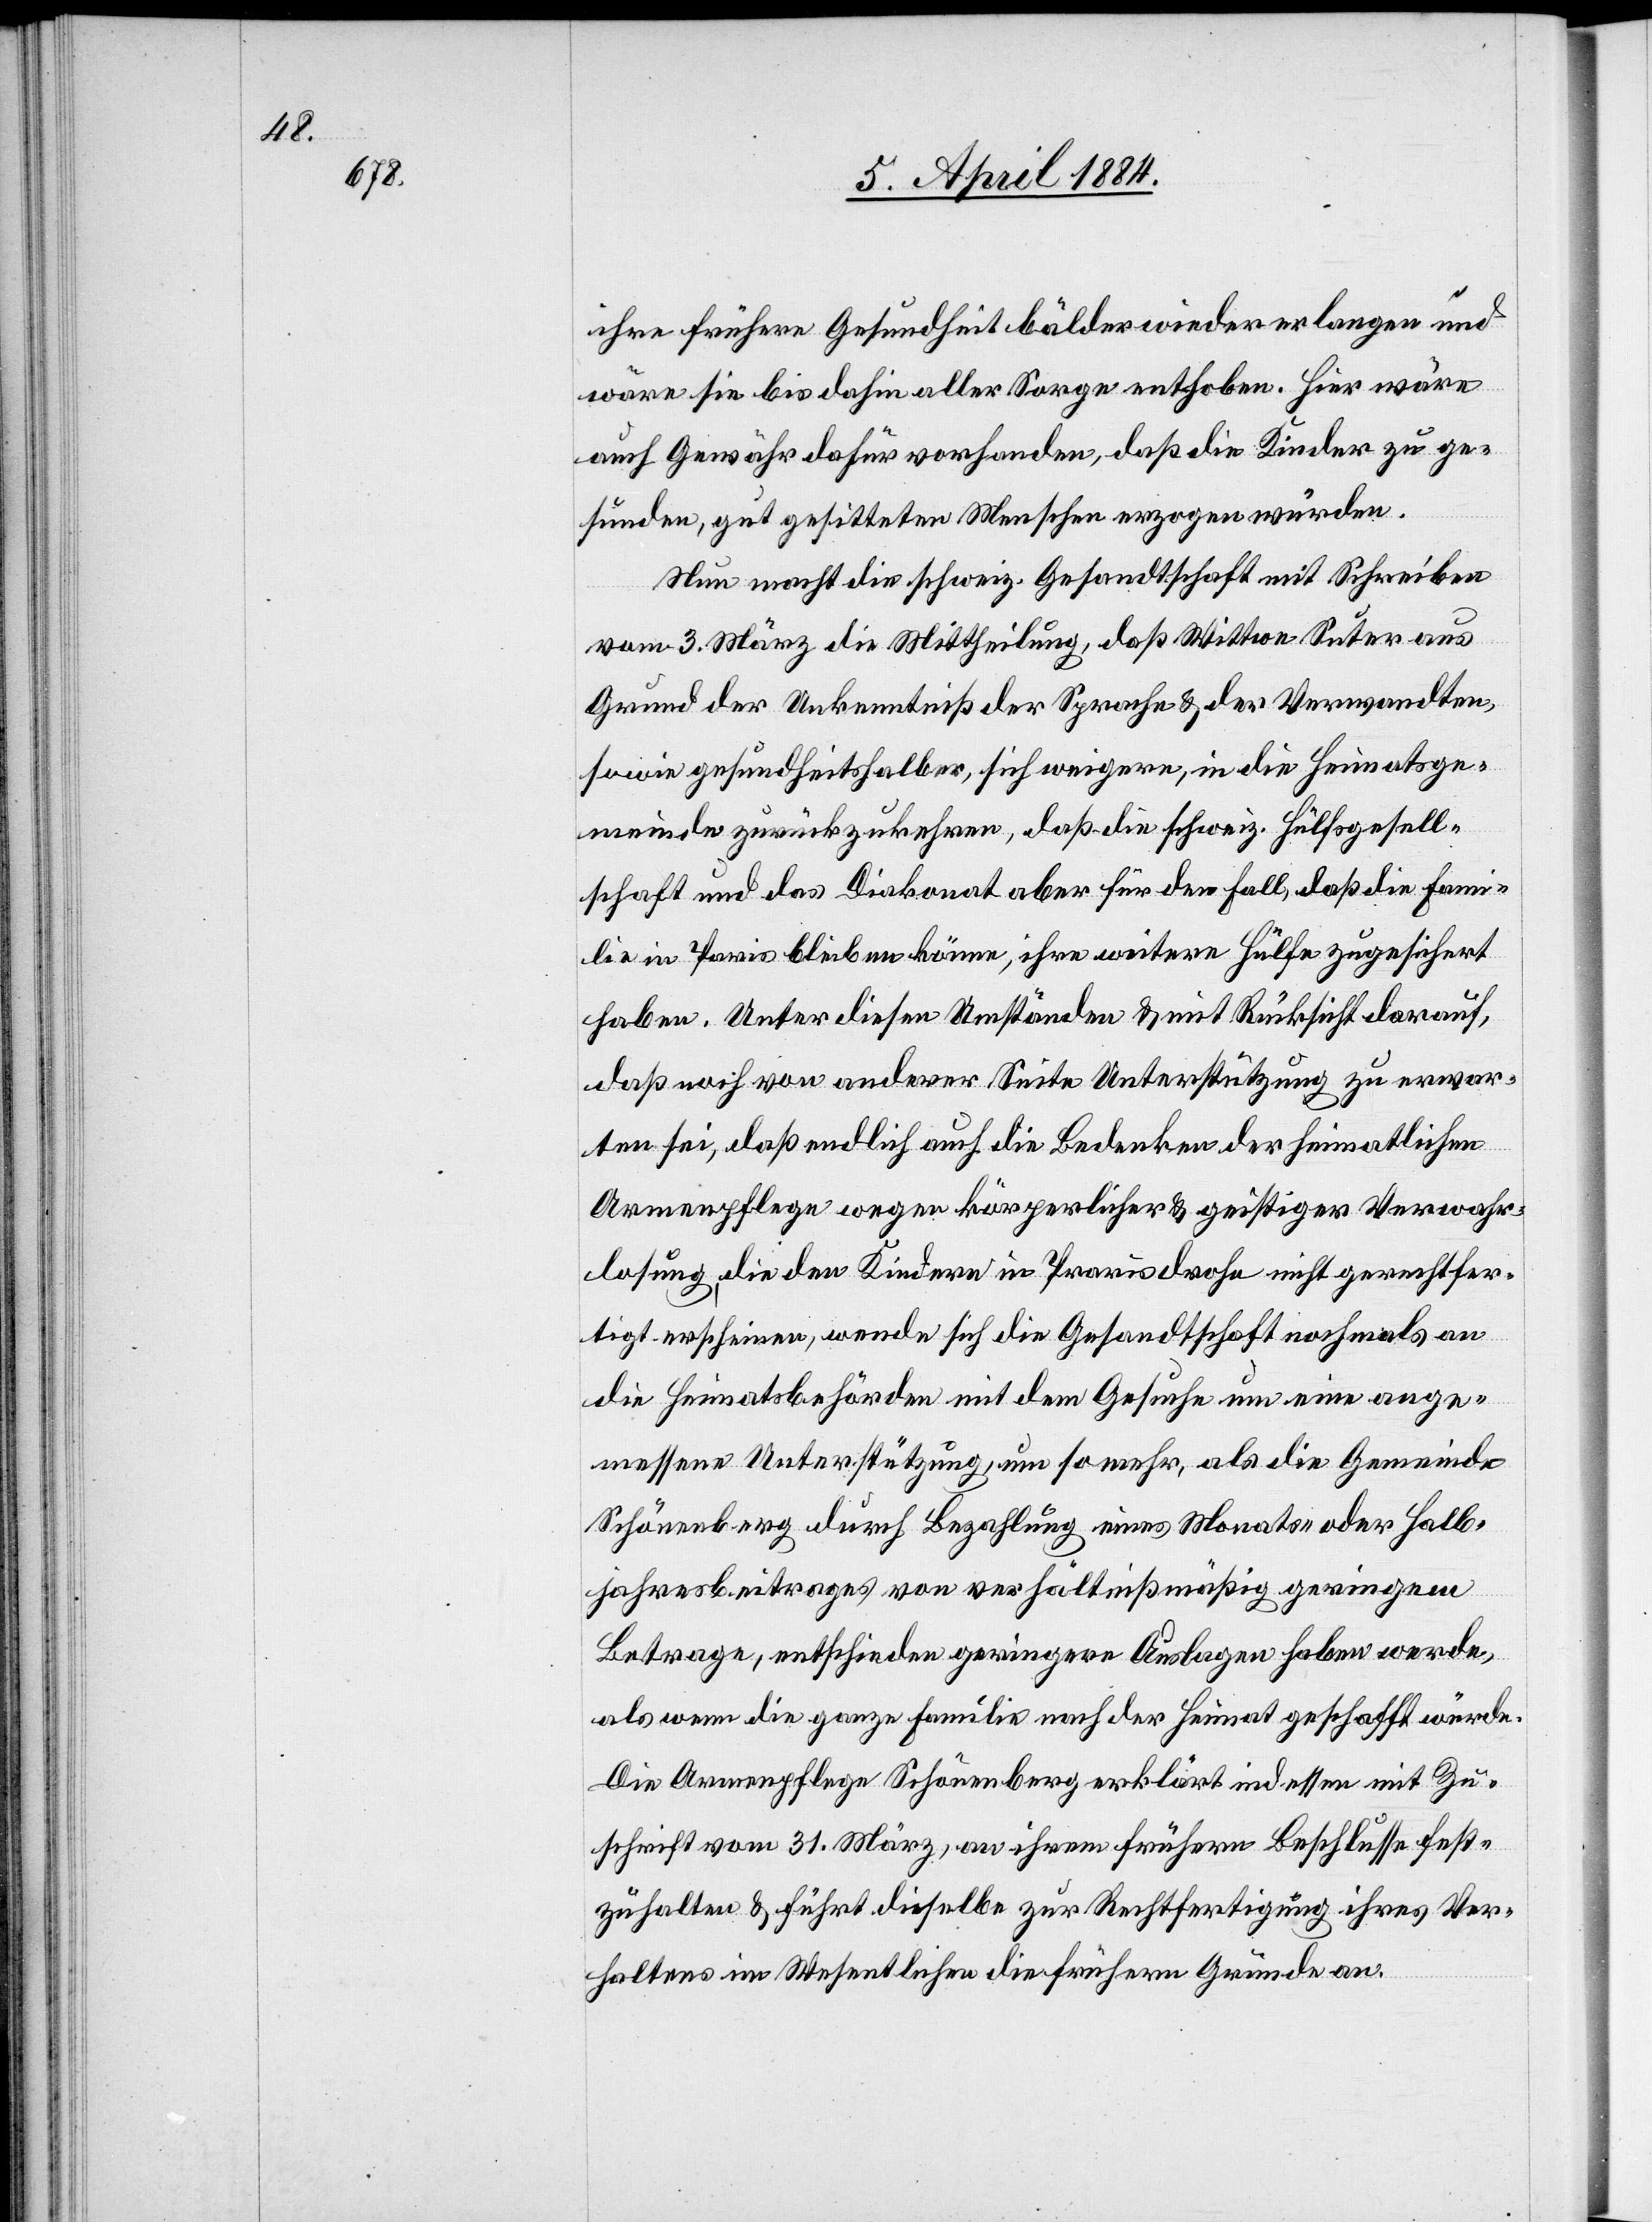
ihre frühere Gesundheit bälder wieder erlangen und
wäre sie bis dahin aller Sorge enthoben. Hier wäre
auch Gewähr dafür vorhanden, daß die Kinder zu ge¬
sunden, gut gesitteten Menschen erzogen würden.
Nun macht die schweiz. Gesandtschaft mit Schreiben
vom 3. März die Mittheilung, daß Wittwe Suter aus
Grund der Unkenntniß der Sprache & der Verwandten,
sowie gesundheitlicher, sich weigere, in die Heimatsge¬
meinde zurückzukehren, daß die schweiz. Hülfsgesell¬
schaft und das Diakonat aber für den Fall, daß die Fami¬
lie in Paris bleiben könne, ihre weitere Hülfe zugesichert
haben. Unter diesen Umständen & mit Rücksicht darauf,
daß noch von anderer Seite Unterstützung zu erwar¬
ten sei, daß endlich auch die Bedenken der heimatlichen
Armenpflege wegen körperlicher & geistiger Verwahr¬
losung, die den Kindern in Praris [sic!] drohe nicht gerechtfer¬
tigt erscheinen, wende sich die Gesandtschaft nochmals an
die Heimatsbehörden mit dem Gesuche um eine ange¬
messene Unterstützung, um so mehr, als die Gemeinde
Schönenberg durch Bezahlung eines Monats- oder Halb¬
jahresbeitrages von verhältnißmäßig geringem
Betrage, entschieden geringere Auslagen haben werde,
als wenn die ganze Familie nach der Heimat geschafft würde.
Die Armenpflege Schönenberg erklärt indessen mit Zu¬
schrift vom 31. März, an ihrem frühern Beschlusse fest¬
zuhalten & führt dieselbe zur Rechtfertigung ihres Ver¬
haltens im Wesentlichen die frühern Gründe an.